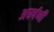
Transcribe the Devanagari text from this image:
अघर्षणी